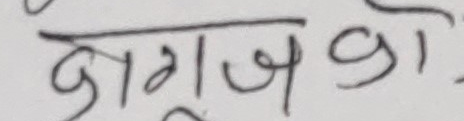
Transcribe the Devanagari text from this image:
कागज को ।